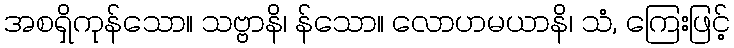
အစရှိကုန်သော။ သဗ္ဗာနိ၊ န်သော။ လောဟမယာနိ၊ သံ, ကြေးဖြင့်